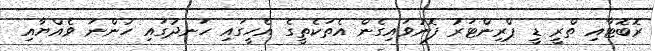
ރޮބޮޓާއި ތްރީ ޑީ ޕްރިންޓަރު ފޮނުވައިގެން އެތަކެތީގެ އެހީގައި ހަނދުގައި ހުންނަ ވެއްޔާއި